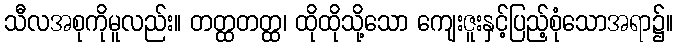
သီလအစုကိုမူလည်း။ တတ္ထတတ္ထ၊ ထိုထိုသို့သော ကျေးဇူးနှင့်ပြည့်စုံသောအရာ၌။